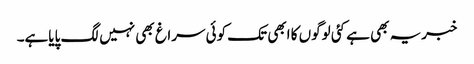
خبریہ بھی ہے کئی لوگوں کا ابھی تک کوئی سراغ بھی نہیں لگ پایاہے۔